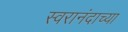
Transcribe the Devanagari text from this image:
स्वरानंदाच्या